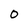
Character: O